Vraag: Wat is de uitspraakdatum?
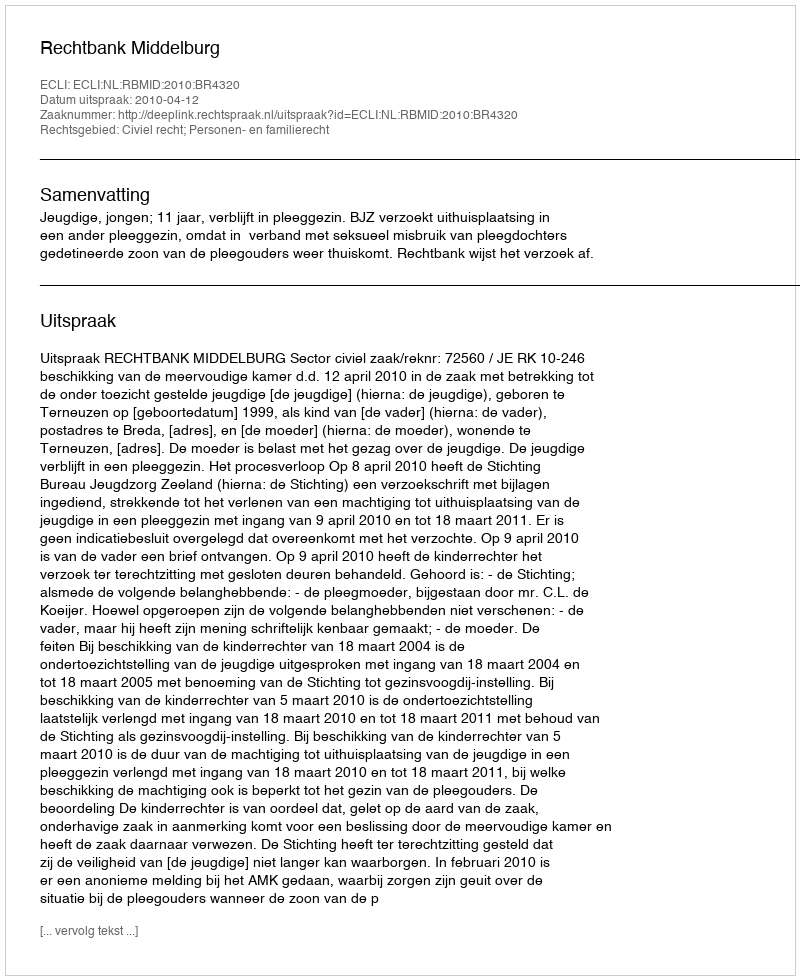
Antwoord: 2010-04-12